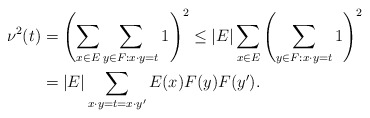
\begin{align*}\nu^2(t)&=\left(\sum_{x\in E} \sum_{y\in F: x\cdot y=t} 1\right)^2 \leq |E| \sum_{x\in E}\left(\sum_{y\in F: x\cdot y=t} 1\right)^2\\&=|E| \sum_{x\cdot y=t=x\cdot y^\prime} E(x)F(y)F(y^\prime).\end{align*}